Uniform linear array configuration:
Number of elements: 4
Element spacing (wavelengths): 0.5
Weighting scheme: binomial
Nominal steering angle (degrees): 30
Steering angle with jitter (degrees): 30.171
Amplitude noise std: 0.05
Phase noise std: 0.05

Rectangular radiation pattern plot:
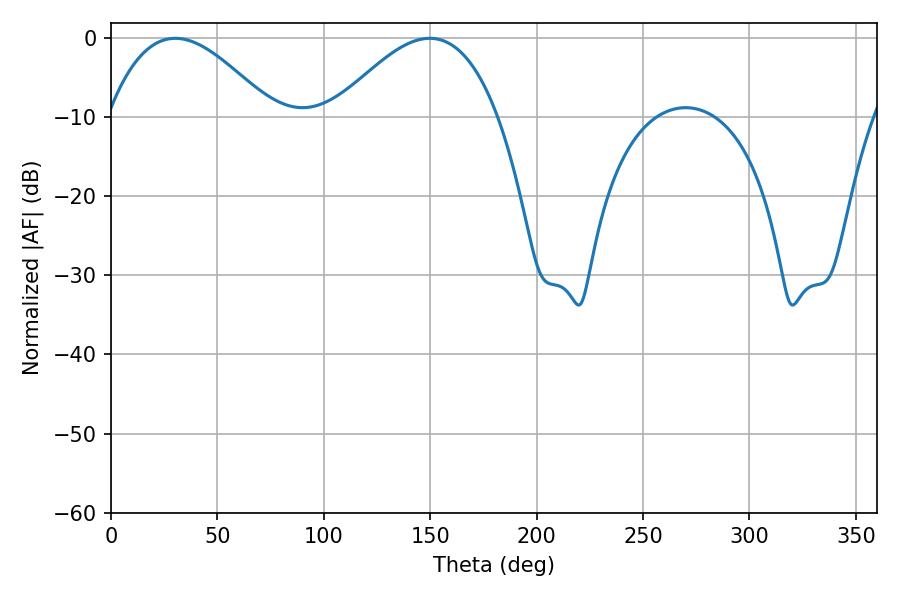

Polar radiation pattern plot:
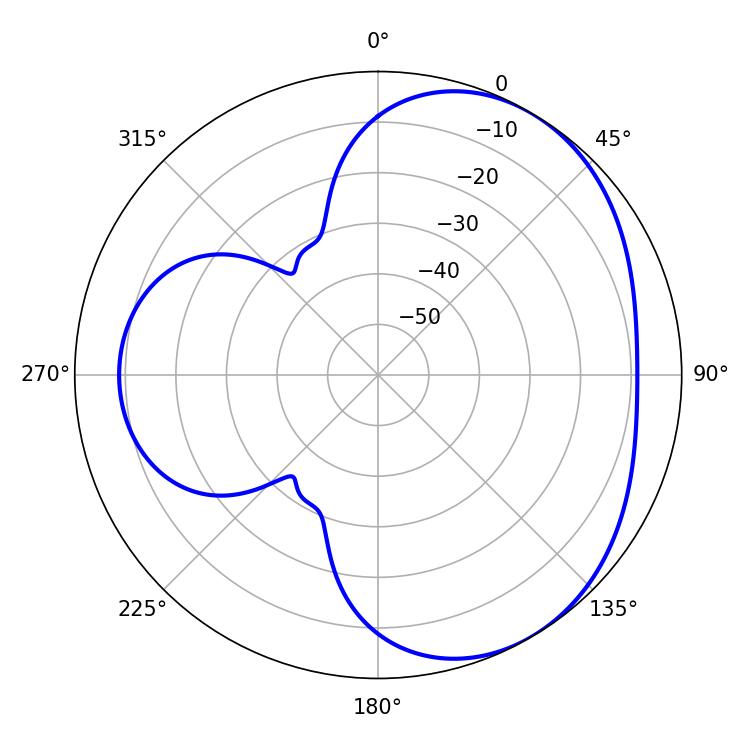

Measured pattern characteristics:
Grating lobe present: FALSE
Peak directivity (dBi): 3.906
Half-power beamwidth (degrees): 42.12
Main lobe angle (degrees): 30.24